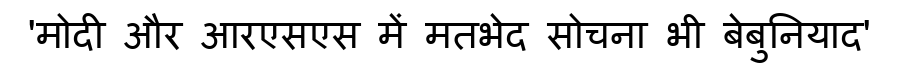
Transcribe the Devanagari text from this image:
'मोदी और आरएसएस में मतभेद सोचना भी बेबुनियाद'